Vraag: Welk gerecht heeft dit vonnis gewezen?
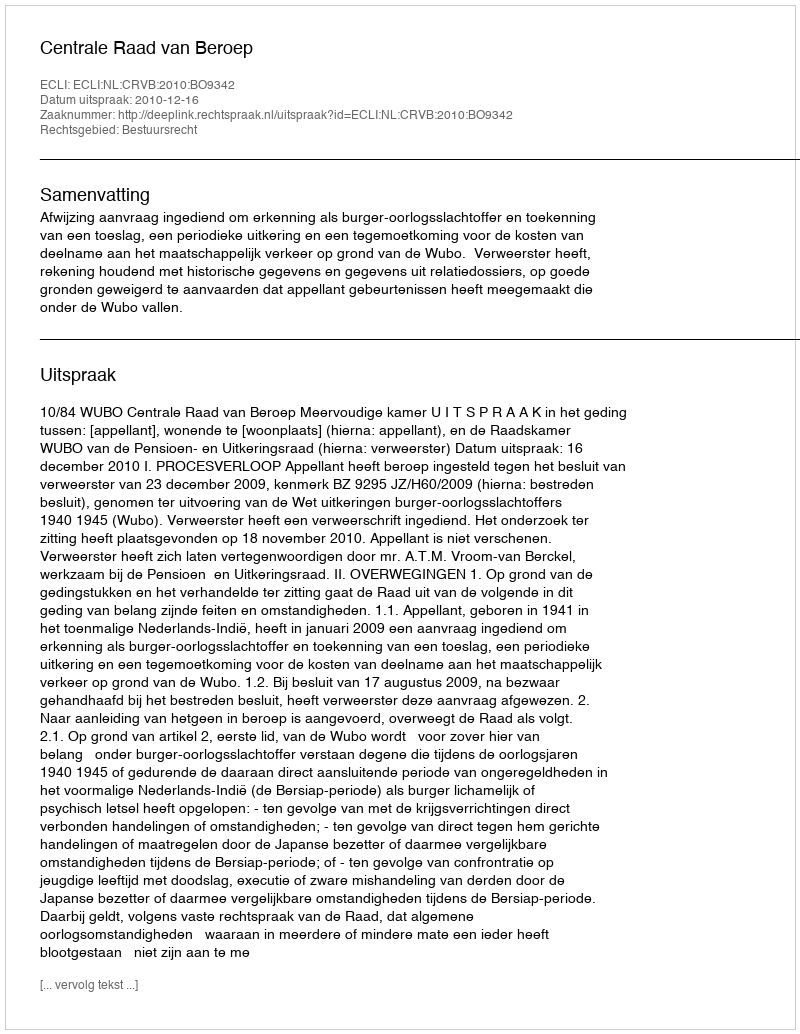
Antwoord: Centrale Raad van Beroep